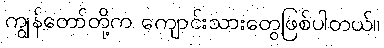
ကျွန်တော်တို့က ကျောင်းသားတွေဖြစ်ပါတယ်။